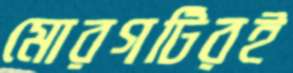
মোরগটিরই